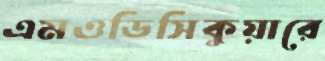
এমওডিসিকুয়ারে